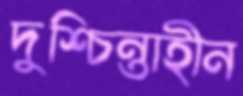
দুশ্চিন্তাহীন